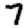
Digit: 7